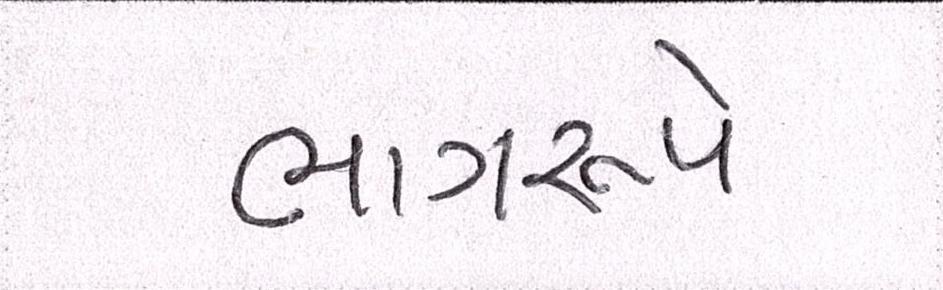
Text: ભાગરૂપે